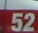
52